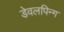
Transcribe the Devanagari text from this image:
डेवलपिन्ग